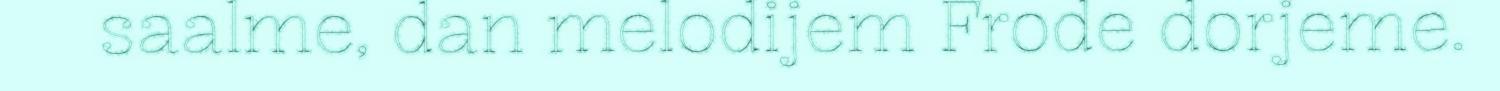
saalme, dan melodijem Frode dorjeme.